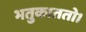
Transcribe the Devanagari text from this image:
भतुकाततो।